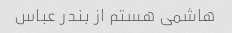
هاشمی هستم از بندر عباس